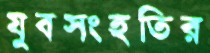
যুবসংহতির